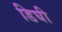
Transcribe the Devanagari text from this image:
डिघी